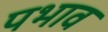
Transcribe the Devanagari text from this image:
पभाव